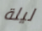
ليلة